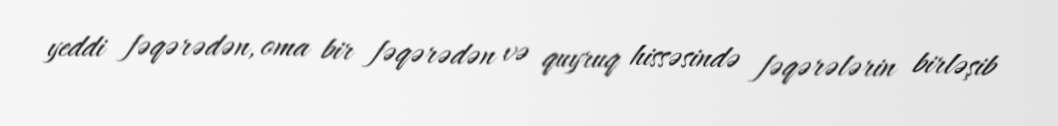
yeddi fəqərədən, oma bir fəqərədən və quyruq hissəsində fəqərələrin birləşib